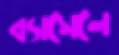
ব্যাসেলে